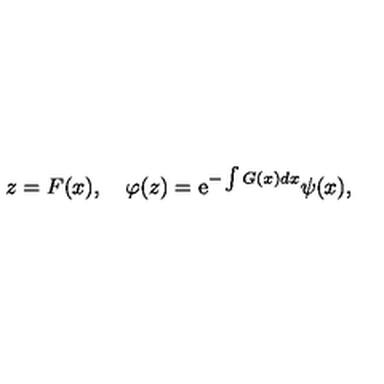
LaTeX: z = F ( x ) , \quad \varphi ( z ) = \mathrm { e } ^ { - \int G ( x ) d x } \psi ( x ) ,